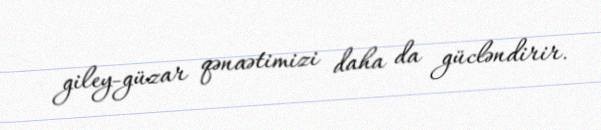
giley-güzar qənaətimizi daha da gücləndirir.